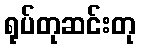
ရုပ်တုဆင်းတု